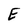
Character: E